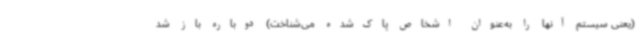
(یعنی سیستم آنها را به‌عنوان اشخاص پاک‌شده می‌شناخت) دوباره باز شد